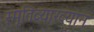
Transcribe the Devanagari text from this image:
स्मृतिव्याख्यान